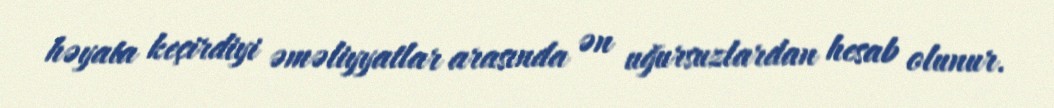
həyata keçirdiyi əməliyyatlar arasında ən uğursuzlardan hesab olunur.